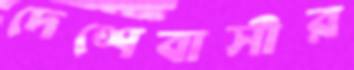
দেশেবাসীর